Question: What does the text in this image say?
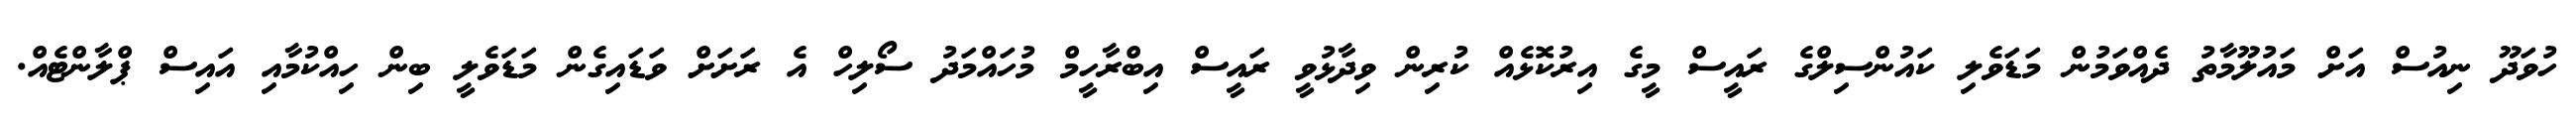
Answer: ހުވަދޫ ނިއުސް އަށް މައުލޫމާތު ދެއްވަމުން މަޑަވެލި ކައުންސިލްގެ ރައީސް މީގެ އިރުކޮޅެއް ކުރިން ވިދާޅުވީ ރައީސް އިބްރާހީމް މުހައްމަދު ސޯލިހް އެ ރަށަށް ވަޑައިގެން މަޑަވެލީ ބިން ހިއްކުމާއި އައިސް ޕްލާންޓެއް.